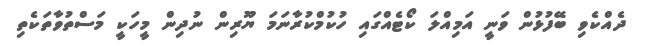
ދެއްކެވި ބޭފުޅުން ވަނީ އަމިއްލަ ކޯޓެއްގައި ހުކުމްކުރާނަމަ ޔޫރިން ނުދިން މީހަކީ މަސްތުވާތަކެތި